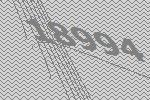
18994